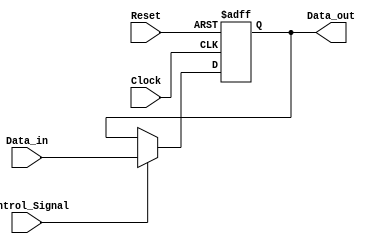
module ForwardingRegister (
    input wire [31:0] Data_in,        // Input data to forward
    input wire Control_Signal,         // Control signal for forwarding
    input wire Clock,                  // Clock signal
    input wire Reset,                  // Asynchronous reset
    output reg [31:0] Data_out         // Output data to next stage
);

// Asynchronous reset and sequential logic
always @(posedge Clock or posedge Reset) begin
    if (Reset) begin
        Data_out <= 32'b0;            // Clear the register
    end else if (Control_Signal) begin
        Data_out <= Data_in;          // Forward Data_in if Control_Signal is high
    end else begin
        Data_out <= Data_out;          // Retain the previous value if no forwarding
    end
end

endmodule